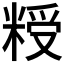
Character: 𮇨